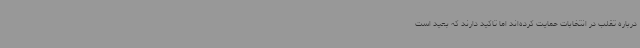
درباره تقلب در انتخابات حمایت کرده‌اند اما تاکید دارند که بعید است